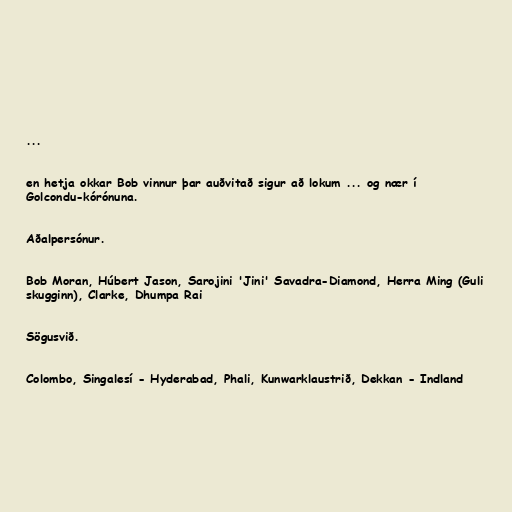
...

en hetja okkar Bob vinnur þar auðvitað sigur að lokum ... og nær í
Golcondu-kórónuna.

Aðalpersónur.

Bob Moran, Húbert Jason, Sarojini 'Jini' Savadra-Diamond, Herra Ming (Guli
skugginn), Clarke, Dhumpa Rai

Sögusvið.

Colombo, Singalesí - Hyderabad, Phali, Kunwarklaustrið, Dekkan - Indland